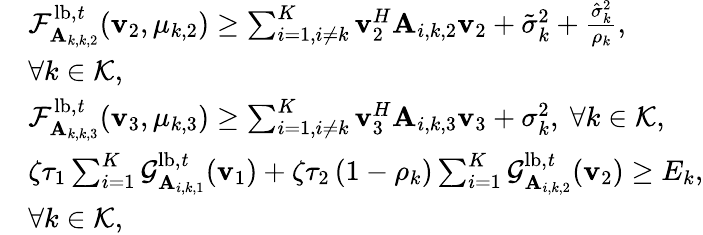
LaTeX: \begin{array}{rl}&{\mathcal F_{\mathbf A_{k,k,2}}^{\mathrm{lb,\mathit t}}(\mathbf v_{2},\mu_{k,2})\geq\sum_{i=1,i\neq k}^{K}\mathbf v_{2}^{H}\mathbf A_{i,k,2}\mathbf v_{2}+\tilde{\sigma}_{k}^{2}+\frac{\hat{\sigma}_{k}^{2}}{\rho_{k}},}\\ &{\forall k\in\mathcal K,}\\ &{\mathcal F_{\mathbf A_{k,k,3}}^{\mathrm{lb,\mathit t}}(\mathbf v_{3},\mu_{k,3})\geq\sum_{i=1,i\neq k}^{K}\mathbf v_{3}^{H}\mathbf A_{i,k,3}\mathbf v_{3}+\sigma_{k}^{2},\ \forall k\in\mathcal K,}\\ &{\zeta\tau_{1}\sum_{i=1}^{K}\mathcal G_{\mathbf A_{i,k,1}}^{\mathrm{lb,\mathit t}}(\mathbf v_{1})+\zeta\tau_{2}\left(1-\rho_{k}\right)\sum_{i=1}^{K}\mathcal G_{\mathbf A_{i,k,2}}^{\mathrm{lb,\mathit t}}(\mathbf v_{2})\geq E_{k},}\\ &{\forall k\in\mathcal K,}\end{array}